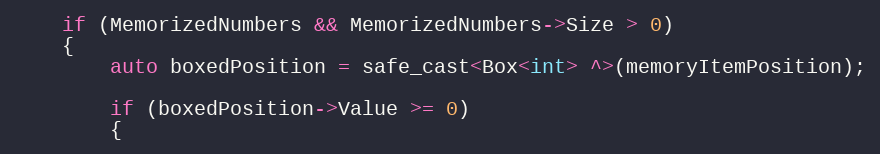
Language: C++
    if (MemorizedNumbers && MemorizedNumbers->Size > 0)
    {
        auto boxedPosition = safe_cast<Box<int> ^>(memoryItemPosition);

        if (boxedPosition->Value >= 0)
        {